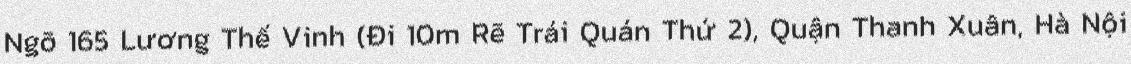
Ngõ 165 Lương Thế Vinh (Đi 10m Rẽ Trái Quán Thứ 2), Quận Thanh Xuân, Hà Nội